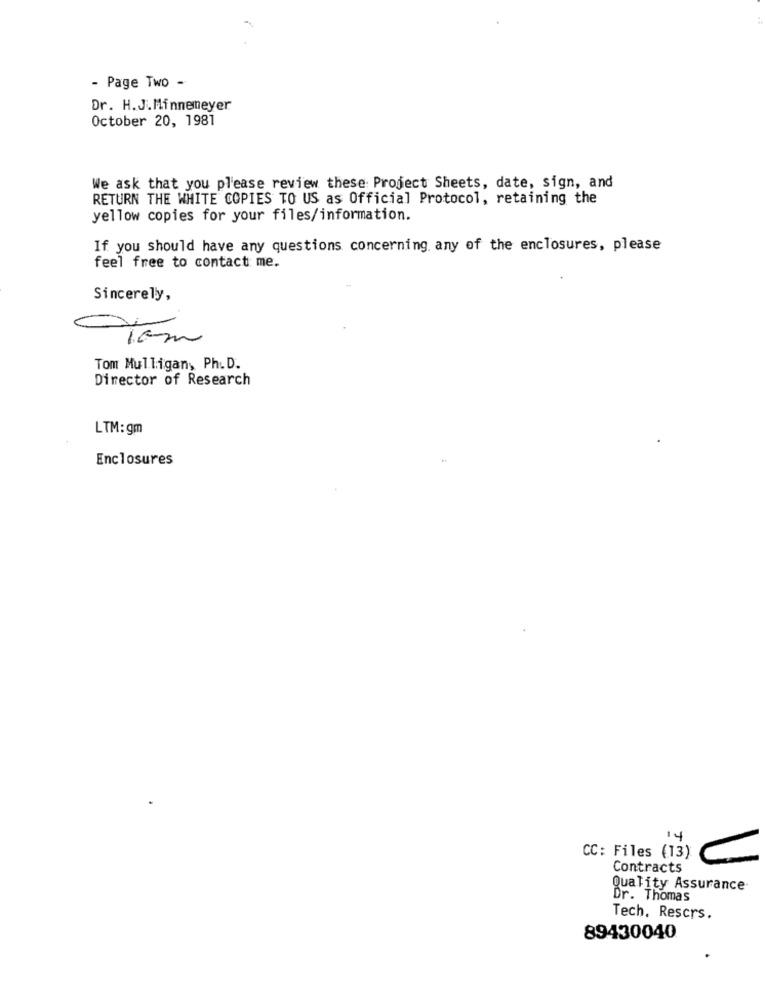
- Page Two -
Dr. H.J.Minnemeyer
October 20, 1981
We ask that you please review these Project Sheets, date, sign, and
RETURN THE WHITE COPIES TO US as Official Protocol, retaining the
yellow copies for your files/information.
If you should have any questions concerning, any of the enclosures, please
feel free to contact me.
Sincerely,
Tom Mulligan, Ph. D.
Director of Research
LTM: gm
Enclosures
14
CC: Files (13)
Contracts
Quality Assurance
Dr. Thomas
Tech, Rescrs.
89430040